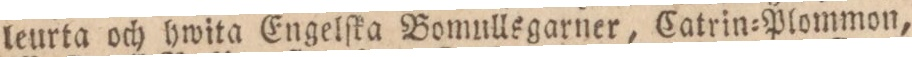
leurta och hwita Engelſka Bomullsgarner, Catrin=Plommon,